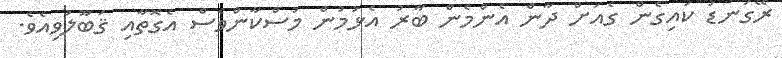
ރޭގަނޑު ކައިގެން ގެއަށް ދާން އެންމެން ބާރު އެޅުމުން މުސްކާންވެސް އެގޮތާއި ޤަބޫލުވިއެވެ.